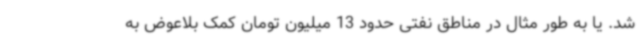
شد. یا به طور مثال در مناطق نفتی حدود 13 میلیون تومان کمک بلاعوض به